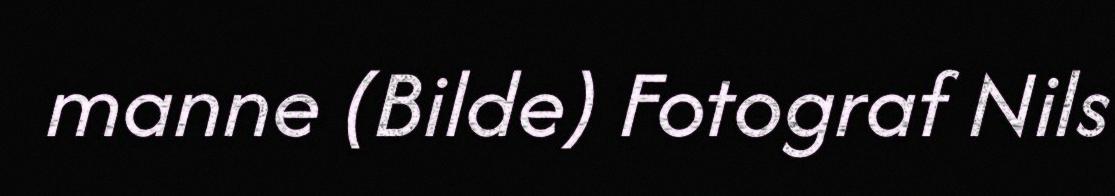
manne (Bilde) Fotograf Nils